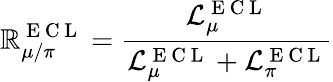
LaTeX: \mathbb{R}_{\mu/\pi}^{\mathrm{{~E~C~L~}}}=\frac{{\mathcal{{L}}_{\mu}^{\mathrm{{~E~C~L~}}}}}{{\mathcal{{L}}_{\mu}^{\mathrm{{~E~C~L~}}}+\mathcal{{L}}_{\pi}^{\mathrm{{~E~C~L~}}}}}